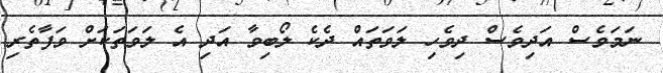
ނަމަވެސް އަދިވެސް ދިވެހި ލަވަތައް ދެކެ ލޯބިވާ އަދި އެ ލަވަތަކަށް ވަފާތެރި